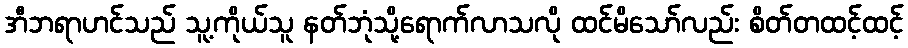
အီဘရာဟင်သည် သူ့ကိုယ်သူ နတ်ဘုံသို့ရောက်လာသလို ထင်မိသော်လည်း စိတ်တထင့်ထင့်